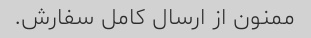
ممنون از ارسال کامل سفارش.